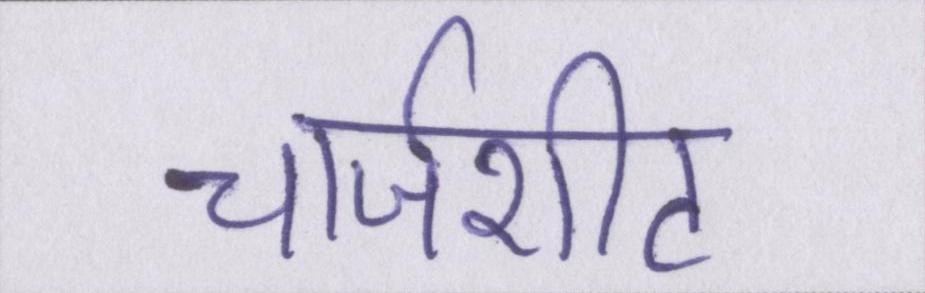
चार्जशीट